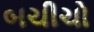
બચીચો